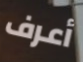
أعرف